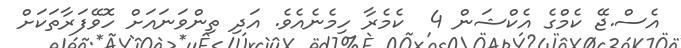
އެސް.ޖޭ ކެމްގެ އެކްޝަން 4  ކެމެރާ ހިމެނެއެވެ. އަދި ތިންވަނައަށް ހޮވޭފަރާތަކަށް